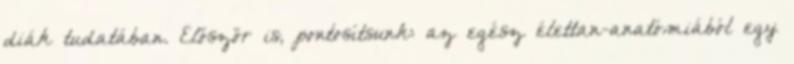
diák tudatában. Először is, pontosítsunk: az egész élettan-anatómiából egy